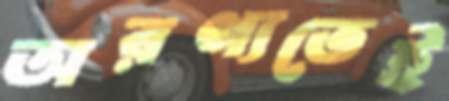
অরণ্যতেই